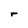
Character: r